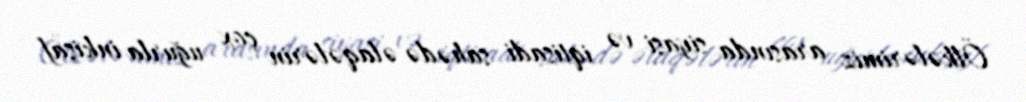
Ölkələrimiz arasında siyasi və iqtisadi sahədə əlaqələrin çox uğurla inkişaf